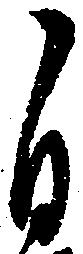
自